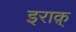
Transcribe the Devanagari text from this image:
इराक़्